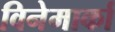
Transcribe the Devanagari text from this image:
विनेमार्का